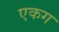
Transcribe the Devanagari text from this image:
एकग